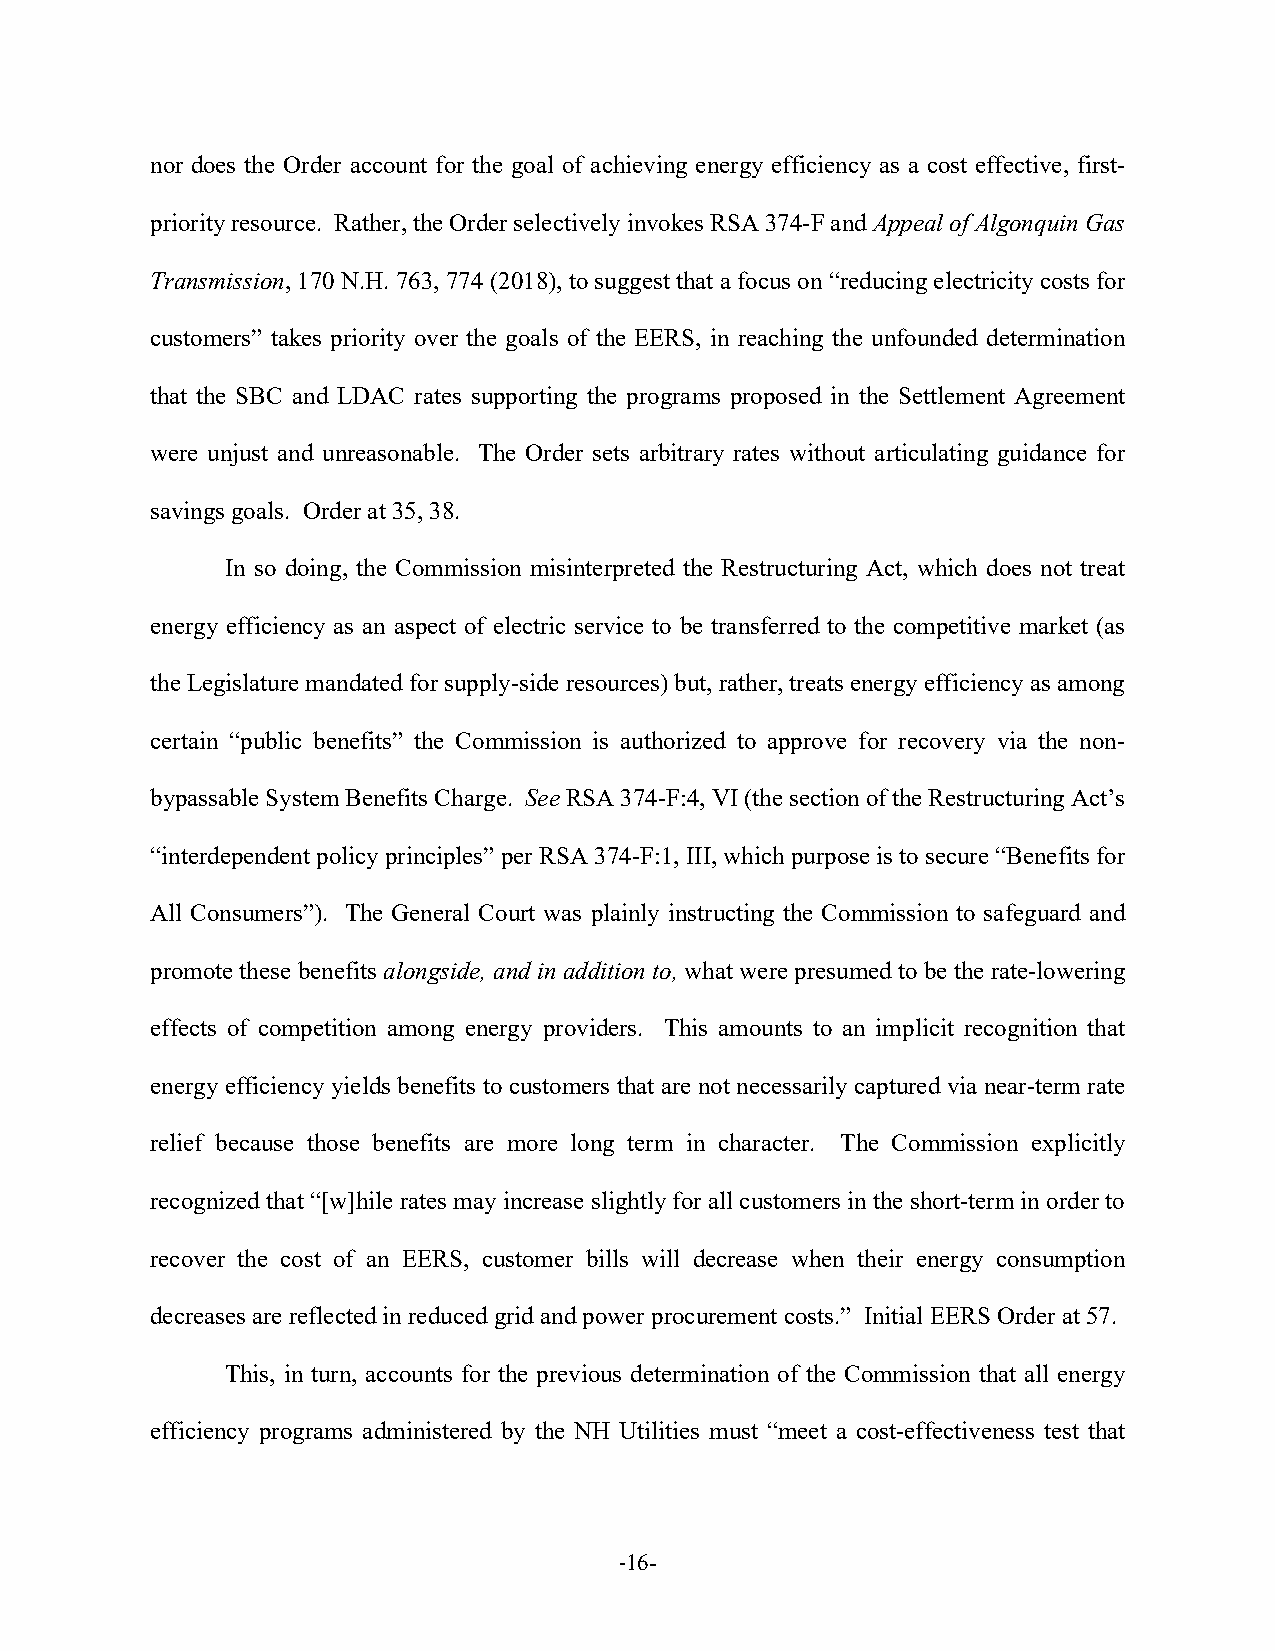
nor does the Order account for the goal of achieving energy efficiency as a cost effective, first-
 priority resource. Rather, the Order selectively invokes RSA 374-F and Appeal of Algonquin Gas
 Transmission, 170 N.H. 763, 774 (2018), to suggest that a focus on “reducing electricity costs for
 customers” takes priority over the goals of the EERS, in reaching the unfounded determination
 that the SBC and LDAC rates supporting the programs proposed in the Settlement Agreement
 were unjust and unreasonable. The Order sets arbitrary rates without articulating guidance for
 savings goals. Order at 35, 38.
 In so doing, the Commission misinterpreted the Restructuring Act, which does not treat
 energy efficiency as an aspect of electric service to be transferred to the competitive market (as
 the Legislature mandated for supply-side resources) but, rather, treats energy efficiency as among
 certain “public benefits” the Commission is authorized to approve for recovery via the non-
 bypassable System Benefits Charge. See RSA 374-F:4, VI (the section of the Restructuring Act’s
 “interdependent policy principles” per RSA 374-F:1, III, which purpose is to secure “Benefits for
 All Consumers”). The General Court was plainly instructing the Commission to safeguard and
 promote these benefits alongside, and in addition to, what were presumed to be the rate-lowering
 effects of competition among energy providers. This amounts to an implicit recognition that
 energy efficiency yields benefits to customers that are not necessarily captured via near-term rate
 relief because those benefits are more long term in character. The Commission explicitly
 recognized that “[w]hile rates may increase slightly for all customers in the short-term in order to
 recover the cost of an EERS, customer bills will decrease when their energy consumption
 decreases are reflected in reduced grid and power procurement costs.” Initial EERS Order at 57.
 This, in turn, accounts for the previous determination of the Commission that all energy
 efficiency programs administered by the NH Utilities must “meet a cost-effectiveness test that
 -16-